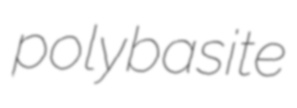
polybasite